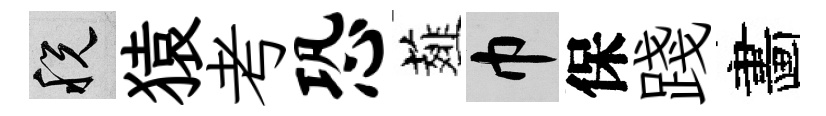
税猿考恐薤巾保踐畵